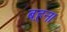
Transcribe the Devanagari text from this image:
ब़हन।